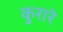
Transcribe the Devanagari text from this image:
कुरारे